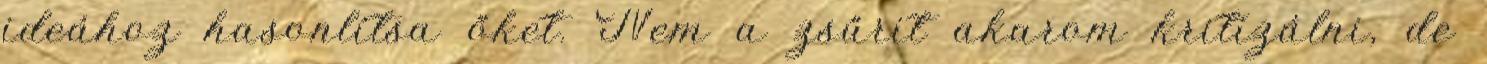
ideához hasonlítsa őket. Nem a zsűrit akarom kritizálni, de